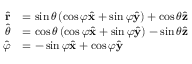
{ \begin{array} { r l } { { \hat { \mathbf { r } } } } & { = \sin \theta \left( \cos \varphi { \hat { \mathbf { x } } } + \sin \varphi { \hat { \mathbf { y } } } \right) + \cos \theta { \hat { \mathbf { z } } } } \\ { { \hat { \boldsymbol { \theta } } } } & { = \cos \theta \left( \cos \varphi { \hat { \mathbf { x } } } + \sin \varphi { \hat { \mathbf { y } } } \right) - \sin \theta { \hat { \mathbf { z } } } } \\ { { \hat { \boldsymbol { \varphi } } } } & { = - \sin \varphi { \hat { \mathbf { x } } } + \cos \varphi { \hat { \mathbf { y } } } } \end{array} }